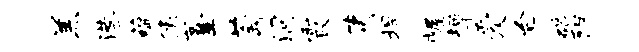
羔港蕴像薹萄洞霞夷捍幄墀爱台碣阳